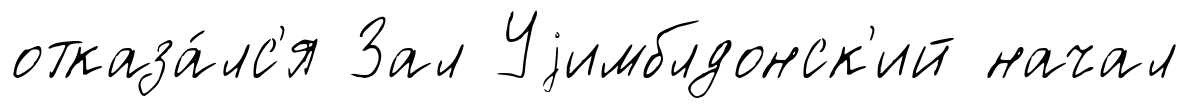
отказа́лс'я Зал Уjимблдонск'ий начал